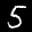
Label: 5